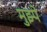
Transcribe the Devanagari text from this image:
मुझ्पे